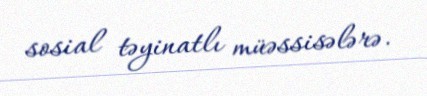
sosial təyinatlı müəssisələrə.